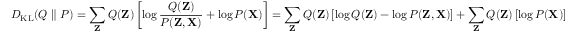
D _ { \mathrm { K L } } ( Q \parallel P ) = \sum _ { \mathbf { Z } } Q ( \mathbf { Z } ) \left[ \log { \frac { Q ( \mathbf { Z } ) } { P ( \mathbf { Z } , \mathbf { X } ) } } + \log P ( \mathbf { X } ) \right] = \sum _ { \mathbf { Z } } Q ( \mathbf { Z } ) \left[ \log Q ( \mathbf { Z } ) - \log P ( \mathbf { Z } , \mathbf { X } ) \right] + \sum _ { \mathbf { Z } } Q ( \mathbf { Z } ) \left[ \log P ( \mathbf { X } ) \right]